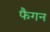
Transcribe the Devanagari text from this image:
फैगन